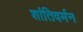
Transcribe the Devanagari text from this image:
शांतिवर्मन